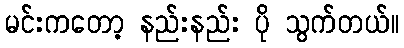
မင်းကတော့ နည်းနည်း ပို သွက်တယ်။